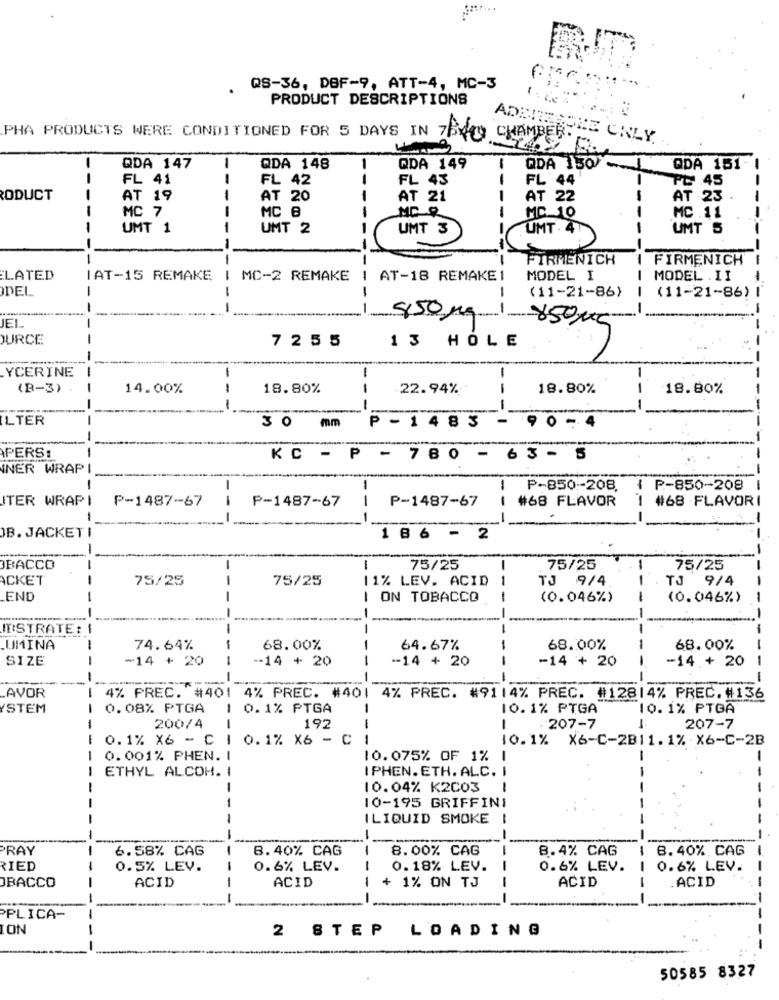
-* s
. QS-36, DBF-9, ATT-4, MC-3
PRODUCT DESCRIPTIONS
PHA PRODUCTS WERE CONDITIONED FOR 5 DAYS IN 7BYmy
CHAMBE
ADENIERONE ONLY.
-
QDA 147
QDA 148
-
QDA 149
1
QDA 130-
QDA 151-
FL 41
FL 42
FL 43
FL 44
PE 45
ODUCT
-
AT 19
AT 20
AT 21
-
AT 22
AT 23
MC 7
MC B
MC 10
MC .11
-
UMT 1
-----
UMT 2
UMT 3
UMT . 4
UMT 5
-
-
--
FIRMENICH
FIRMENICH
-
LATED
IAT-15 REMAKE
MC-2 REMAKE
AT-18 REMAKE1
MODEL I
MODEL .II
DEL
-
-
--
(11-21-86)
(11-21-86)
--
---
-
-
450,
-1
JEL
JURCE
7255
13 HOLE
YCERINE
-
1
1
1
(B-3)
-
14.00%
18.80%
1
22.94%
18.80%
1
18.80%
---
--
-
--
ILTER
-
3 0 mm P - 1 4 8 3 - 9 0 - 4
PERS:
KC - P - 780 - 63 - 5
INER WRAPI
1
-
1
P-850-208.
{ P-850-208
ITER WRAPI
P-1487-67
--
P-1487-67
1
P-1487-67
#68 FLAVOR
1
#68 .FLAVORI
-
JB. JACKET
1 8 6 - 2
BACCO
-
1
75/25
-
75/25
75/25
ACKET
-
75/25
75/25
11% LEV. ACID
TJ 9/4
-
TJ 9/4
END
-
I ON TOBACCO
(0.046%)
(0.046%)
---
---
--
-
ESTRATE:
-
-
-
UMINA
-
74.64%
68.00%
64.67%
- -
68.00%
68.00%
SIZE
-14 + 20
--
-14 + 20
--
-- 14 + 20
-
-14 + 20
-14 + 20
-
-
---
-
-
--
AVOR
4% PREC. #401 4% PREC. #401 4% PREC. #9114% PREC. #12814% PREC. #136
STEM
0.08% PTGA
-
0.1% PTGA
10.1% PTGA
10. 1% PTGA
200/4
-
192
. 207-7
207-7
- -
0.1% X6 - C |
0.1% X6 - CI
10.1% X6-C-2811.1% X6-C-2B
-
0.001% PHEN. I
10.075% OF 1%
1
-
ETHYL ALCOM. I
IPHEN. ETH. ALC. I
- -
-
-
10.04% K2C03
1
-
10-195 GRIFFINI
ILIQUID SMOKE !
-
-
-
-
PRAY
--
6.58% CAG
8.40% CAG
--
8.00% CAG
-
8.4% CAG
8.40% CAG
-
RIED
-
0.5% LEV.
-
0.6% LEV.
0.18% LEV.
0.6% LEV.
1 0.6% LEV.
ACID
ACID
ACID
ACID
-
BACCO
+ 1% ON TJ
-
--
PLICA-
ION
--
2 STEP
LOADING
50585 8327